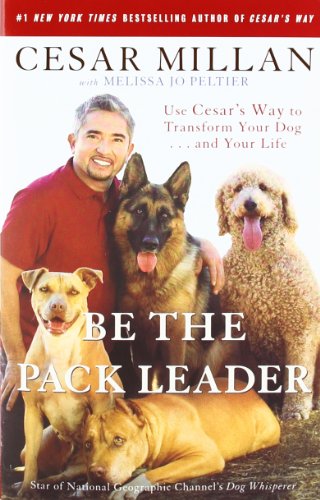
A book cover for Be the Pack Leader: Use Cesar's Way to Transform Your Dog . . . and Your Life; Cesar Millan; Crafts, Hobbies & Home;